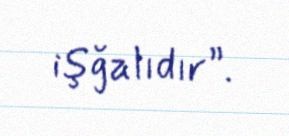
işğalıdır”.